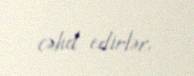
cəhd edirlər.